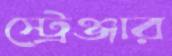
স্ট্রেঞ্জার